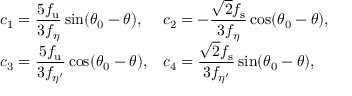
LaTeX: \begin{array} { l l } { { \displaystyle c _ { 1 } = \frac { 5 f _ { \mathrm { u } } } { 3 f _ { \eta } } \sin ( \theta _ { 0 } - \theta ) , } } & { { \displaystyle c _ { 2 } = - \frac { \sqrt { 2 } f _ { \mathrm { s } } } { 3 f _ { \eta } } \cos ( \theta _ { 0 } - \theta ) , } } \\ { { \displaystyle c _ { 3 } = \frac { 5 f _ { \mathrm { u } } } { 3 f _ { \eta ^ { \prime } } } \cos ( \theta _ { 0 } - \theta ) , } } & { { \displaystyle c _ { 4 } = \frac { \sqrt { 2 } f _ { \mathrm { s } } } { 3 f _ { \eta ^ { \prime } } } \sin ( \theta _ { 0 } - \theta ) , } } \end{array}